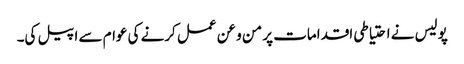
پولیس نے احتیاطی اقدامات پر من و عن عمل کرنے کی عوام سے اپیل کی۔